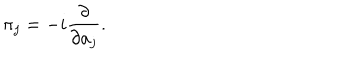
\pi _ { j } = - i { \frac { \partial } { \partial a _ { j } } } .